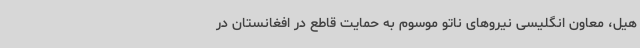
هیل، معاون انگلیسی نیروهای ناتو موسوم به حمایت قاطع در افغانستان در